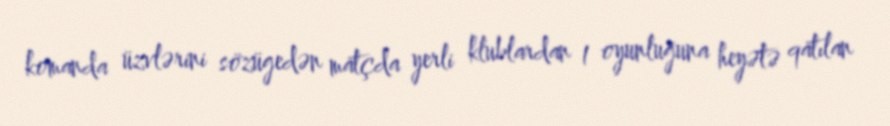
komanda üzvlərini sözügedən matçda yerli klublardan 1 oyunluğuna heyətə qatılan